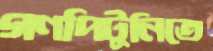
গণপিটুনিতে